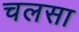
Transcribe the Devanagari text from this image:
चलसा